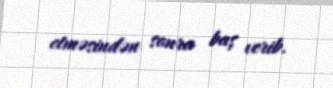
etməsindən sonra baş verib.